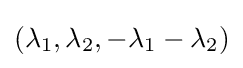
(\lambda _{1},\lambda _{2},-\lambda _{1}-\lambda _{2})